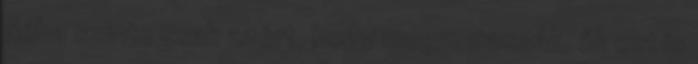
Néha szinte csak azért, hogy megmutassák, ők ezt is